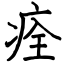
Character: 痊